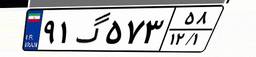
۹۱گ۵۷۳۵۸